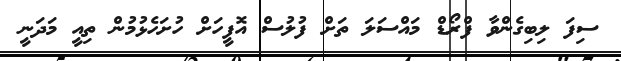
ސިފަ ލިބިގެންވާ ފްރޯޑް މައްސަލަ ތަށް ފުލުސް އޮފީހަށް ހުށަހެޅުމުން ތިއީ މަދަނީ